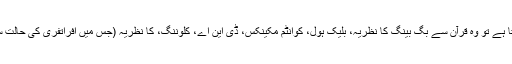
مبینہ طور پر اگر کوئی شخص ‘صحیح‘ عربی جانتا ہے اور قرآن کی ‘صحیح‘ تشریح کرتا ہے تو وہ قرآن سے بگ بینگ کا نظریہ، بلیک ہول، کوانٹم مکینکس، ڈی این اے، کلوننگ، کا نظریہ (جس میں افراتفری کی حالت سے منظم اشیاء کے ارتقاء کا تجزیہ کیا جاتا ہے) اور نہ جانے کیا کچھ اخذ کرسکتا ہے ۔